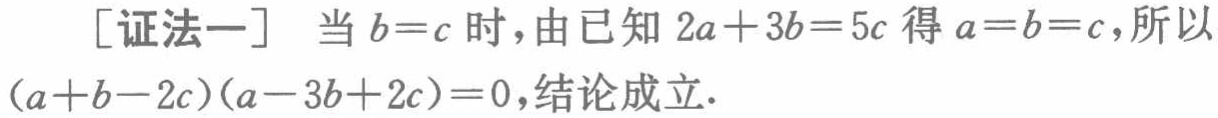
[证法一] 当 \(b = c\) 时，由已知 \(2a + 3b = 5c\) 得 \(a = b = c\)，所以 \((a + b - 2c)(a - 3b + 2c)=0\)，结论成立.